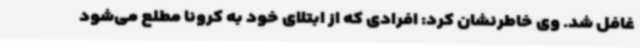
غافل شد. وی خاطرنشان کرد: افرادی که از ابتلای خود به کرونا مطلع می‌شود